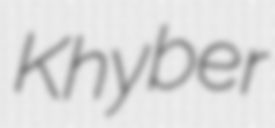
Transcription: Khyber